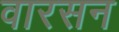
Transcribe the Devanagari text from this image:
वारसन